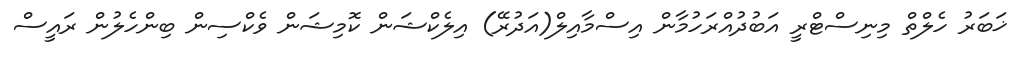
ޚަބަރު ހެލްތް މިނިސްޓްރީ އަބުދުއްރަހުމާން އިސްމާއިލް(އަދުރޭ) އިލެކްޝަން ކޮމިޝަން ވެކްސިން ބިންހެލުން ރައީސް